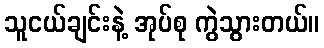
သူငယ်ချင်းနဲ့ အုပ်စု ကွဲသွားတယ်။